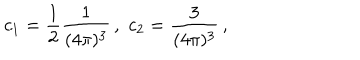
c _ { 1 } = \frac { 1 } { 2 } \frac { 1 } { ( 4 \pi ) ^ { 3 } } \, , \, \, c _ { 2 } = \frac { 3 } { ( 4 \pi ) ^ { 3 } } \, ,